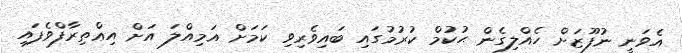
އެވަނީ ނުފޫޒަށް ހެއްލިގެން ޙުކުމް ކުރުމުގައި ބައިވެރިވި ކަމަށް އަމިއްލަ އަަށް އިޢްތިރާފްވެފައި